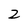
Character: 2